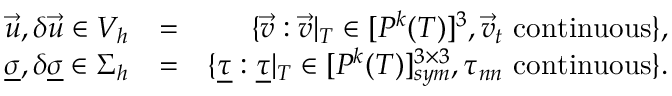
\begin{array} { r l r } { \vec { u } , \delta \vec { u } \in V _ { h } } & { = } & { \{ \vec { v } : \vec { v } | _ { T } \in [ P ^ { k } ( T ) ] ^ { 3 } , \vec { v } _ { t } \mathrm { ~ c o n t i n u o u s } \} , } \\ { \underline { { \sigma } } , \delta \underline { { \sigma } } \in \Sigma _ { h } } & { = } & { \{ \underline { { \tau } } : \underline { { \tau } } | _ { T } \in [ P ^ { k } ( T ) ] _ { s y m } ^ { 3 \times 3 } , \tau _ { n n } \mathrm { ~ c o n t i n u o u s } \} . } \end{array}